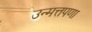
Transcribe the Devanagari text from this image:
उन्मत्तपणा